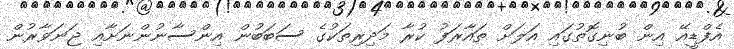
އެފްޑީއޭ އިން ބުނިގޮތުގައި އަލަށް ތައާރަފު ކުރާ މަދިރިތަކުގެ ސަބަބުން އިންސާނުންނަށާއި ޖަނަވާރުން